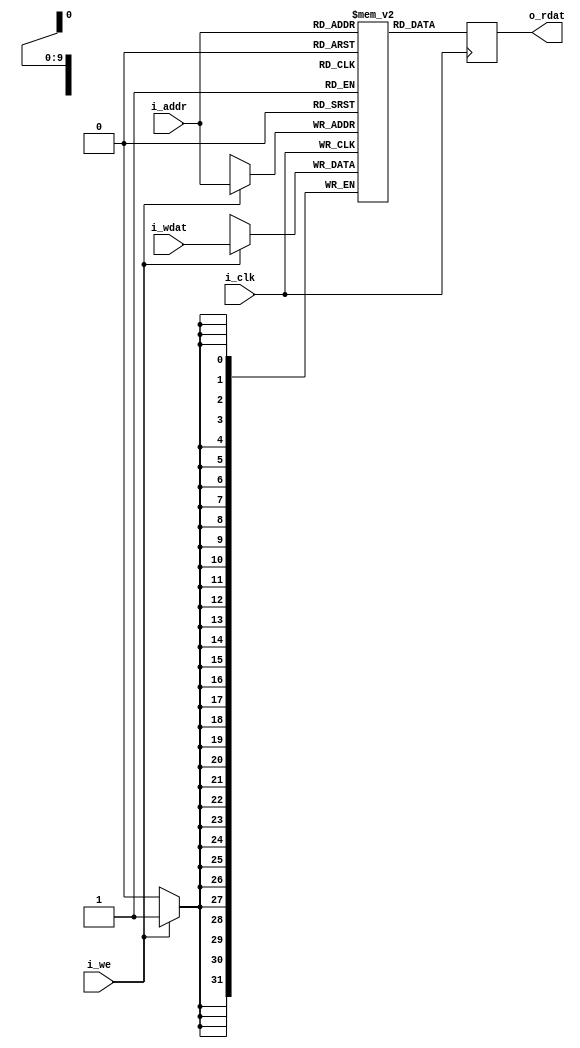
`timescale 1 ns / 1 ps

module libhdl_ocmem_sp
#(  parameter W = 32,
    parameter D = 1024,
    parameter MODE = "READ_FIRST", // {"WRITE_FIRST", "READ_FIRST", "NO_CHANGE"}
    parameter INIT_FILE = "")
(   input  wire                 i_clk,
    input  wire                 i_we,
    input  wire [$clog2(D)-1:0] i_addr,
    input  wire [W-1:0]         i_wdat,
    output wire [W-1:0]         o_rdat);

`ifdef LIBHDL_ASSERT
assert(MODE == "READ_FIRST" || MODE == "WRITE_FIRST" || MODE == "NO_CHANGE");
`endif

reg [W-1:0] mem [D-1:0];

initial begin
    if (INIT_FILE != "") begin
        $display("Initializing memory %m with file %s", INIT_FILE);
        $readmemh(INIT_FILE, mem);
    end
end

reg [W-1:0] rdat_reg;
always @ (posedge i_clk)
begin
    if (MODE == "READ_FIRST") begin
        rdat_reg <= mem[i_addr];
    end
    if (i_we == 1'b1) begin
        mem[i_addr] <= i_wdat;
        if (MODE == "WRITE_FIRST") begin
            rdat_reg <= i_wdat;
        end
    end else begin
        rdat_reg <= mem[i_addr];
    end
end
assign o_rdat = rdat_reg;

endmodule